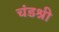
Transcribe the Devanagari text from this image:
चंडश्री